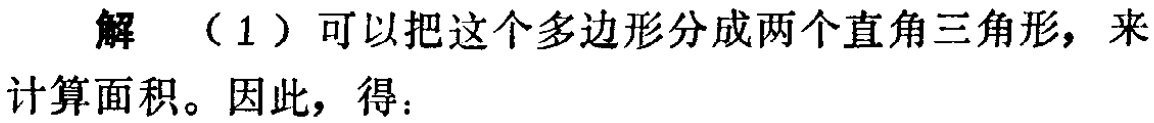
解 （1）可以把这个多边形分成两个直角三角形，来计算面积。因此，得：